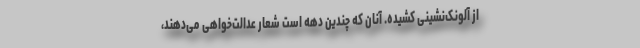
از آلونک‌نشینی کشیده. آنان که چندین دهه است شعار عدالت‌خواهی می‌دهند،